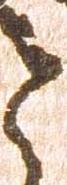
と